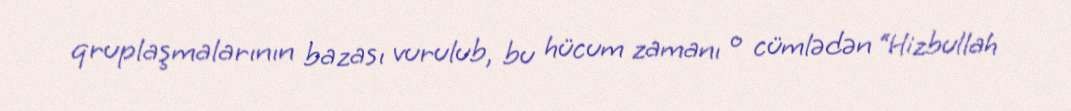
qruplaşmalarının bazası vurulub, bu hücum zamanı o cümlədən “Hizbullah